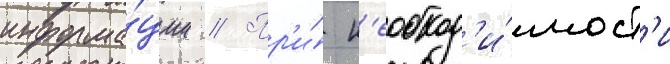
информа́ции // Пр'и́ н'еобход'и́мост'и